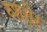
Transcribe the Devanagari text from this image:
व्शरीर